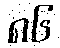
၈၆